Preparation of a safe and efficient antirabic vaccine - Number 44
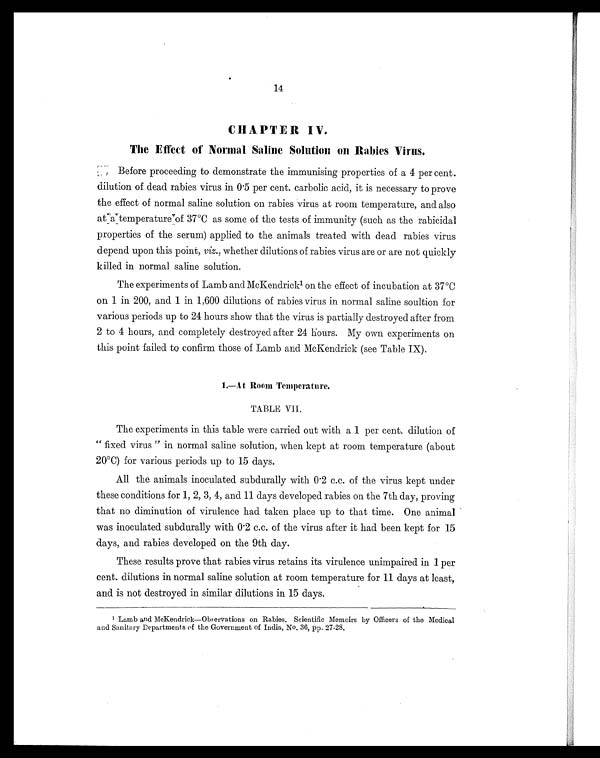
14
CHAPTER IV.
The Effect of Normal Saline Solution on Rabies Virus.
Before proceeding to demonstrate the immunising properties of a 4 per cent.
dilution of dead rabies virus in 0.5 per cent. carbolic acid, it is necessary to prove
the effect of normal saline solution on rabies virus at room temperature, and also
at a temperature of 37°C as some of the tests of immunity (such as the rabicidal
properties of the serum) applied to the animals treated with dead rabies virus
depend upon this point, viz., whether dilutions of rabies virus are or are not quickly
killed in normal saline solution.
The experiments of Lamb and McKendrick 1 o n t h e e f f e c t o f i n c u b a t i o n a t 3 7°C
on 1 in 200, and 1 in 1,600 dilutions of rabies virus in normal saline soultion for
various periods up to 24 hours show that the virus is partially destroyed after from
2 to 4 hours, and completely destroyed after 24 hours. My own experiments on
this point failed to confirm those of Lamb and McKendrick (see Table IX).
1.—At Room Temperature.
TABLE VII.
The experiments in this table were carried out with a 1 per cent. dilution of
" fixed virus " in normal saline solution, when kept at room temperature (about
20°C) for various periods up to 15 days.
All the animals inoculated subdurally with 0.2 c.c. of the virus kept under
these conditions for 1, 2, 3, 4, and 11 days developed rabies on the 7th day, proving
that no diminution of virulence had taken place up to that time. One animal
was inoculated subdurally with 0.2 c.c. of the virus after it had been kept for 15
days, and rabies developed on the 9th day.
These results prove that rabies virus retains its virulence unimpaired in 1 per
cent. dilutions in normal saline solution at room temperature for 11 days at least,
and is not destroyed in similar dilutions in 15 days.
1 Lamb and McKendrick—Observations on Rabies. Scientific Memoirs by Officers of the Medical
and Sanitary Departments of the Government of India, No. 36, pp. 27-28.